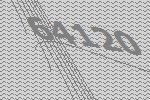
64120